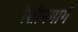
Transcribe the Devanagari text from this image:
रेशीममार्गे